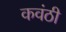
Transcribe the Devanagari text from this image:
कवंठी